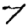
Digit: 7